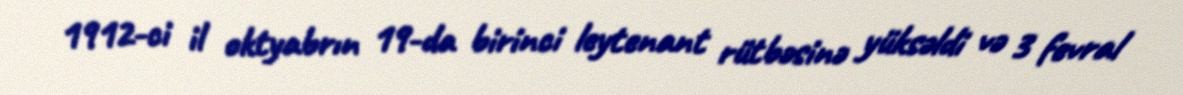
1912-ci il oktyabrın 19-da birinci leytenant rütbəsinə yüksəldi və 3 fevral